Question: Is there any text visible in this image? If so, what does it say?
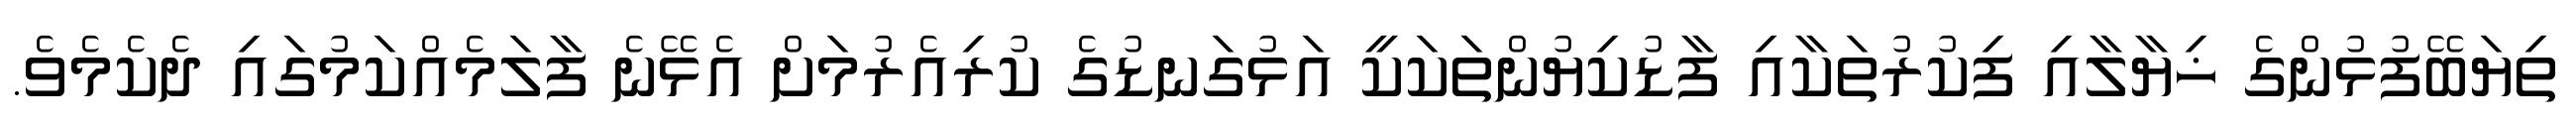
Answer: ތިޔަބޭފުޅުންގެ ޚިޔާލާއި ފިކުރުތަކާއި ފާޑުކިޔުންތަކަކީ އަޅުގަނޑުގެ ކުރިއެރުމަށް އެޅޭނެ ފާލަމެއްކަމުގައި ދެކެމެވެ.